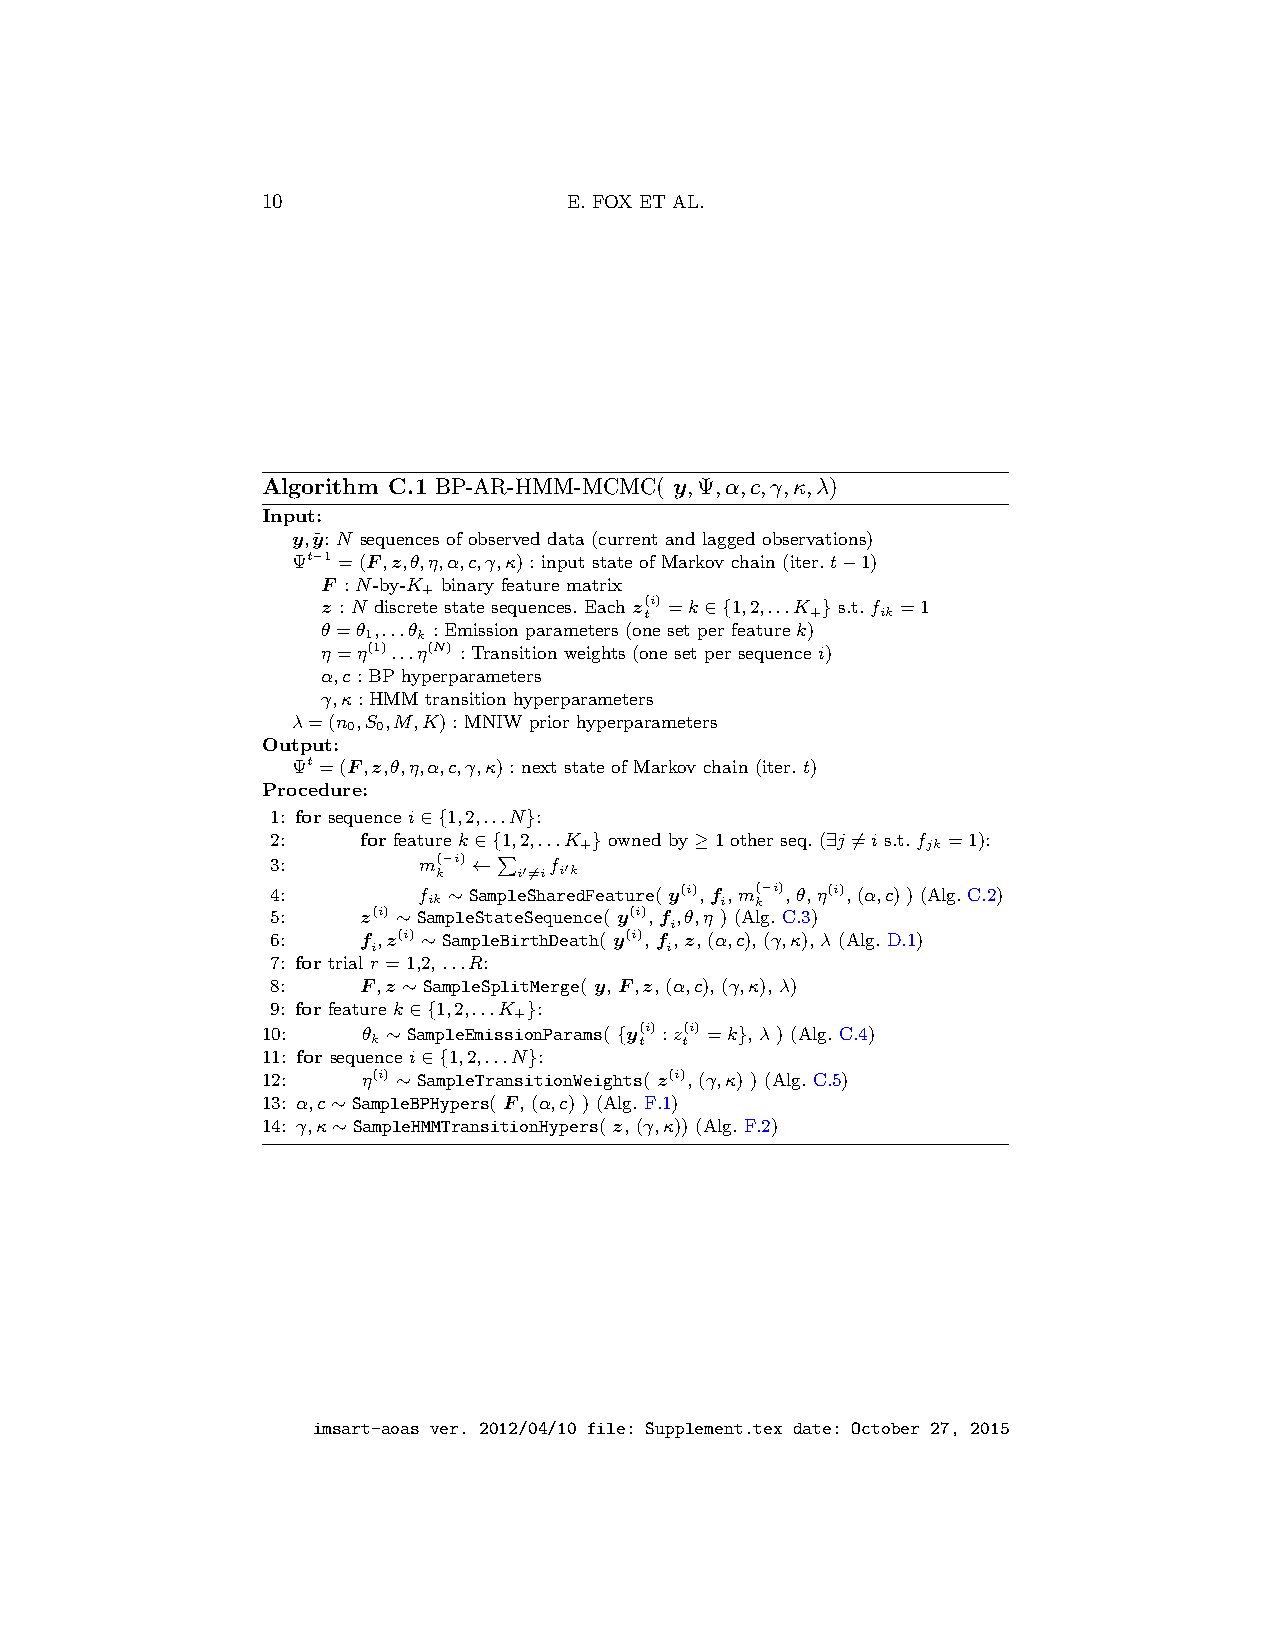
10                   E. FOX ET AL.
 Algorithm C.1 BP-AR-HMM-MCMC( y,Ψ,α,c,γ,κ,λ)
 Input:
 y,y˜: N sequences of observed data (current and lagged observations)
 Ψt−1 =(F,z,θ,η,α,c,γ,κ) : input state of Markov chain (iter. t−1)
 F : N-by-K binary feature matrix
 +
 z : N discrete state sequences. Each z(i) =k∈{1,2,...K } s.t. f =1
 t          +   ik
 θ=θ ,...θ : Emission parameters (one set per feature k)
 1   k
 η=η(1)...η(N) : Transition weights (one set per sequence i)
 α,c : BP hyperparameters
 γ,κ : HMM transition hyperparameters
 λ=(n ,S ,M,K) : MNIW prior hyperparameters
 0 0
 Output:
 Ψt =(F,z,θ,η,α,c,γ,κ) : next state of Markov chain (iter. t)
 Procedure:
 1: for sequence i∈{1,2,...N}:
 2:    for feature k∈{1,2,...K } owned by ≥1 other seq. (∃j 6=i s.t. f =1):
 +                      jk
 3:        m( k−i) ← i′6=if i′k
 4:        f ∼SampleSharedFeature(y(i),f,m(−i),θ,η(i),(α,c))(Alg.C.2)
 ik   P              i k
 5:    z(i) ∼ SampleStateSequence( y(i), f,θ,η ) (Alg. C.3)
 i
 6:    f,z(i) ∼ SampleBirthDeath( y(i), f, z, (α,c), (γ,κ), λ (Alg. D.1)
 i                  i
 7: for trial r = 1,2, ...R:
 8:    F,z∼ SampleSplitMerge( y, F,z, (α,c), (γ,κ), λ)
 9: for feature k∈{1,2,...K }:
 +
 10:    θ ∼ SampleEmissionParams( {y(i) :z(i) =k}, λ ) (Alg. C.4)
 k                t  t
 11: for sequence i∈{1,2,...N}:
 12:    η(i) ∼ SampleTransitionWeights( z(i), (γ,κ) ) (Alg. C.5)
 13: α,c∼ SampleBPHypers( F, (α,c) ) (Alg. F.1)
 14: γ,κ∼ SampleHMMTransitionHypers( z, (γ,κ)) (Alg. F.2)
 imsart-aoas ver. 2012/04/10 file: Supplement.tex date: October 27, 2015